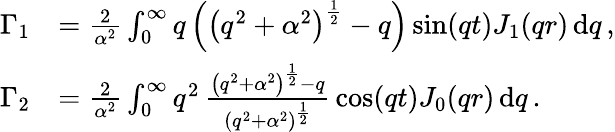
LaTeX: \begin{array}{rl}{\Gamma_{1}}&{=\frac{2}{\alpha^{2}}\int_{0}^{\infty}q\left(\left(q^{2}+\alpha^{2}\right)^{\frac{1}{2}}-q\right)\sin(qt)J_{1}(qr)\, \mathrm{d}q\, ,}\\ {\Gamma_{2}}&{=\frac{2}{\alpha^{2}}\int_{0}^{\infty}q^{2}\, \frac{\left(q^{2}+\alpha^{2}\right)^{\frac{1}{2}}-q}{\left(q^{2}+\alpha^{2}\right)^{\frac{1}{2}}}\, \cos(qt)J_{0}(qr)\, \mathrm{d}q\, .}\end{array}